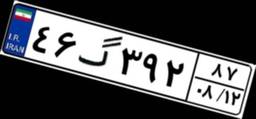
۲۸گ۱۲۹۵۰